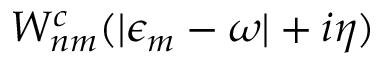
W _ { n m } ^ { c } ( | \epsilon _ { m } - \omega | + i \eta )